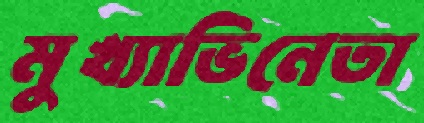
মুখ্যাভিনেতা